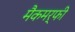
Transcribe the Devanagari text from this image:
मैकमर्फी